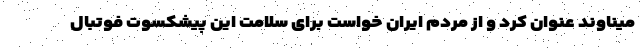
میناوند عنوان کرد و از مردم ایران خواست برای سلامت این پیشکسوت فوتبال